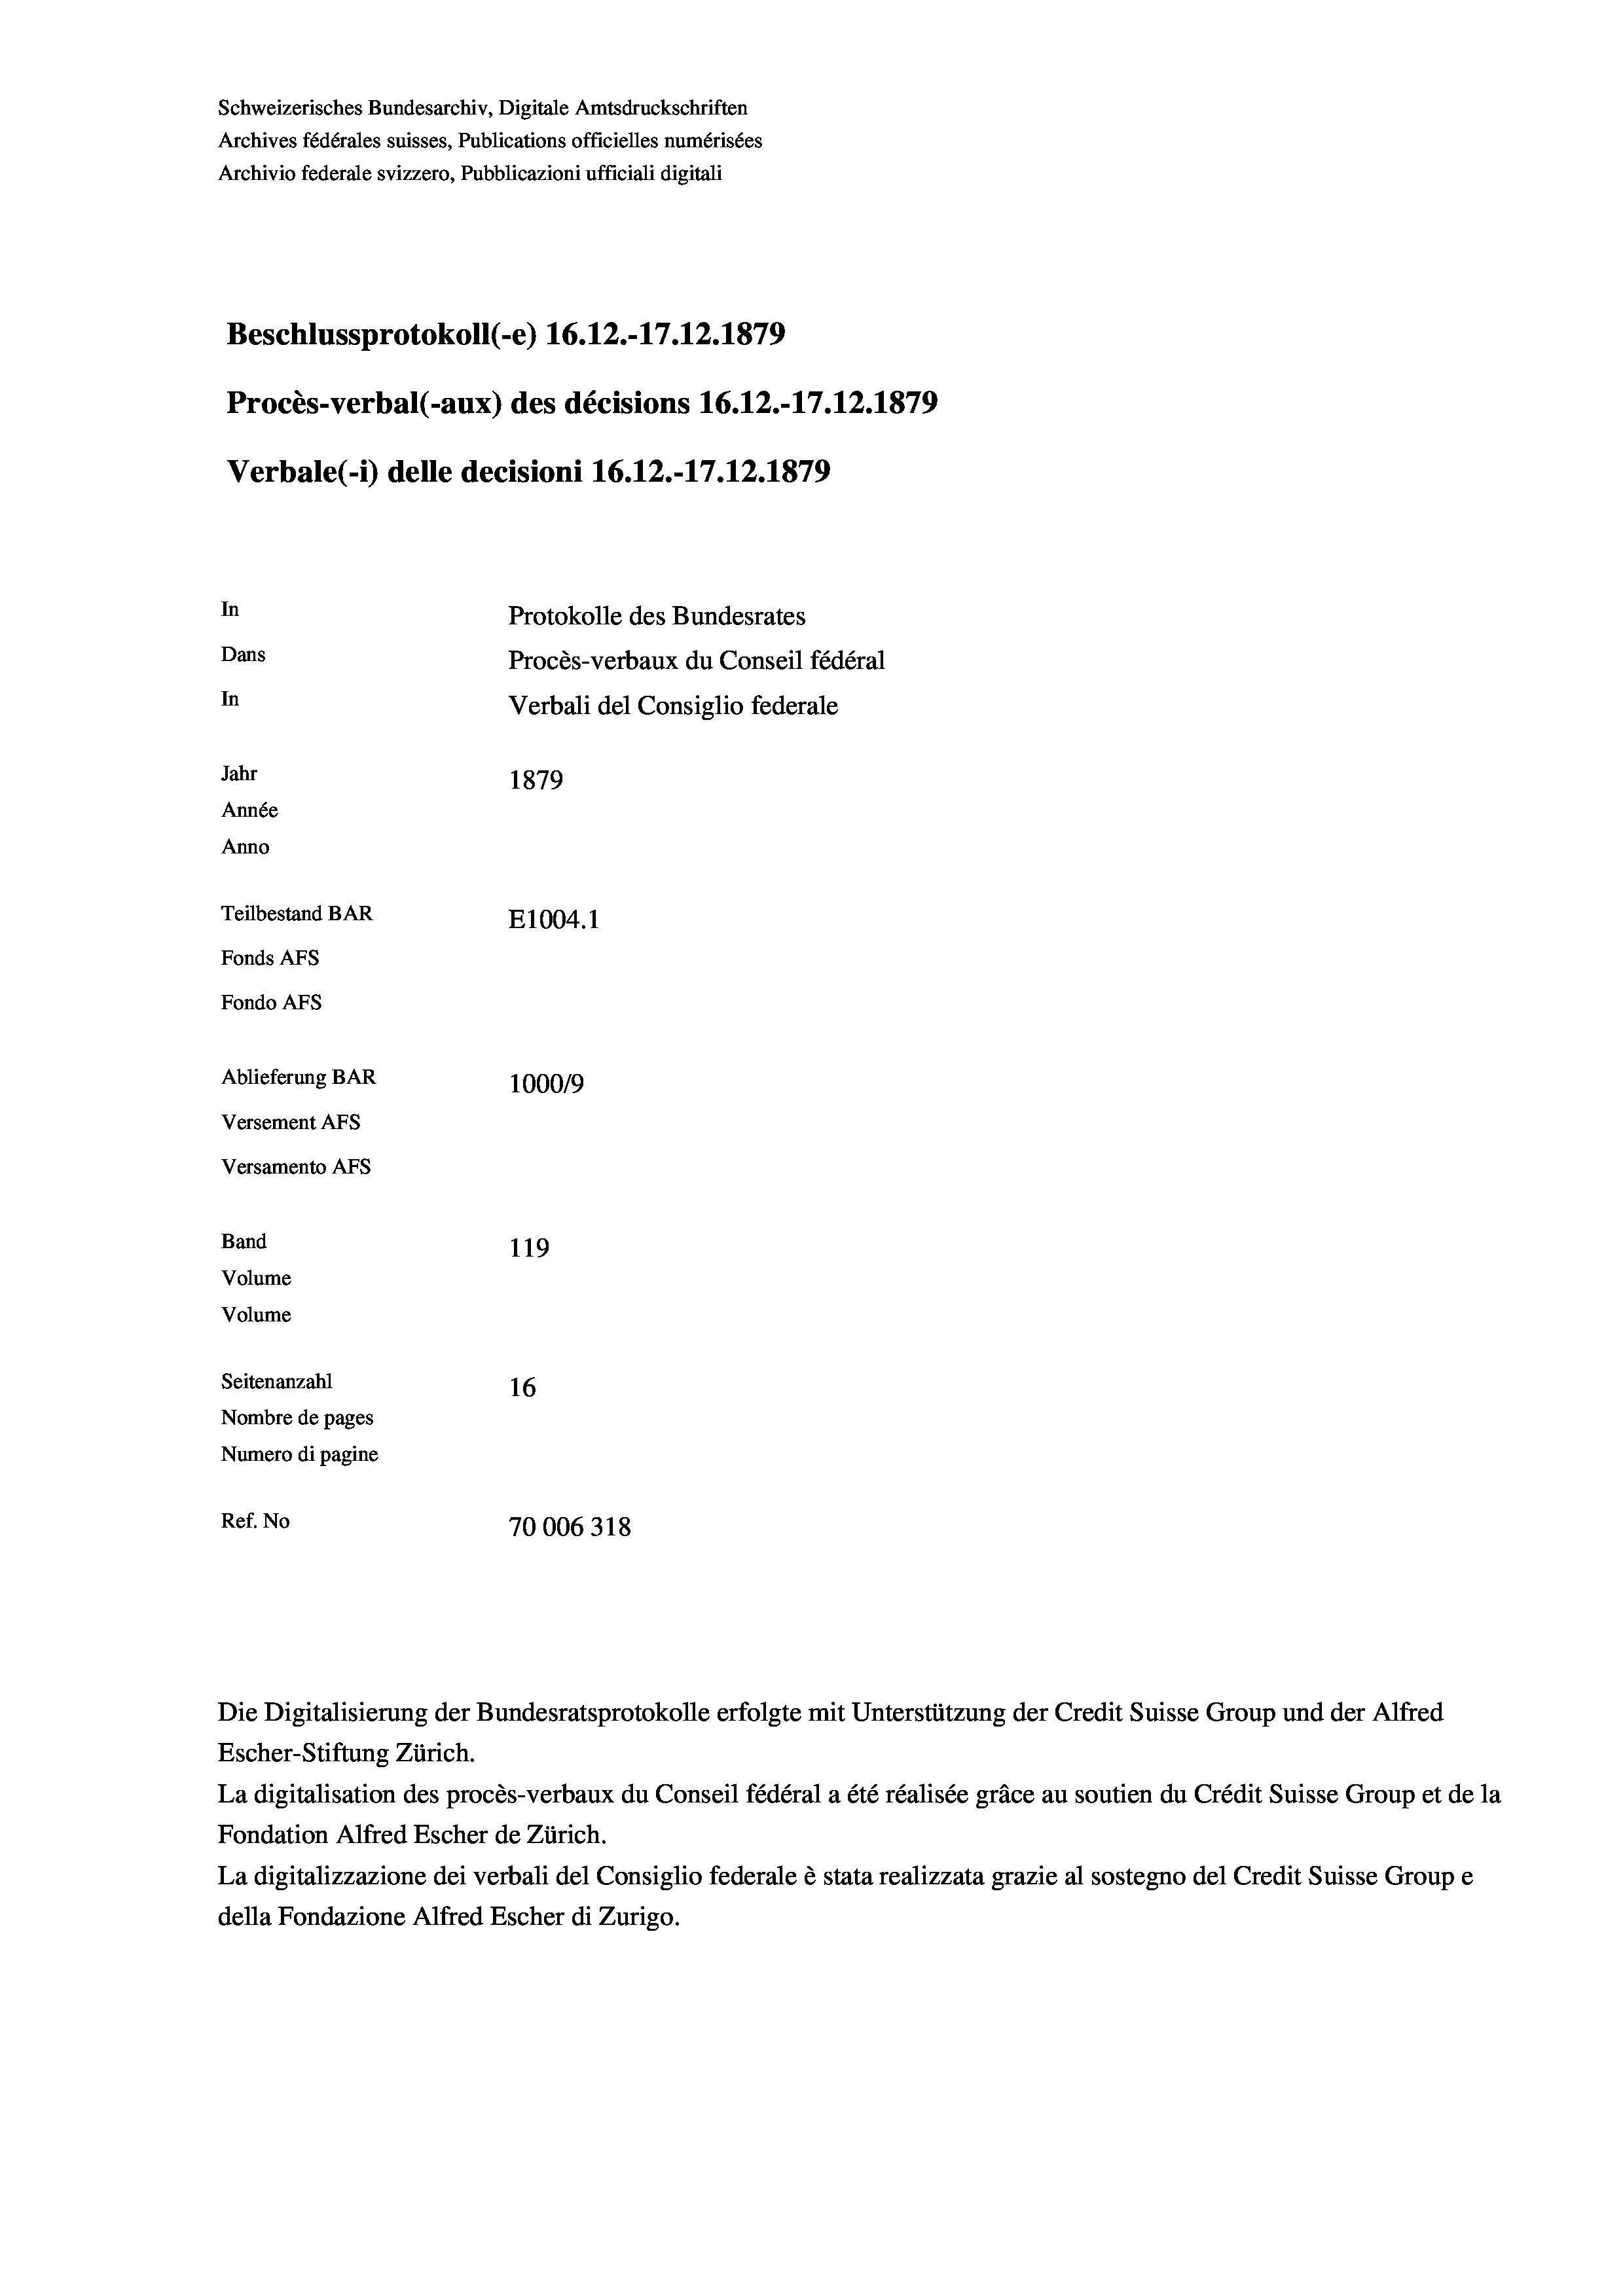
Band

Schweizerisches Bundesarchiv, Digitale Amtsdruckschriften
Archives fédérales suisses, Publications officielles numérisées
Archivio federale svizzero, Pubblicazioni ufficiali digitali
Beschlussprotokoll (-e) 16.12.-17.12.1879
Procès-verbal (-aux) des décisions 16.12.-17.12.1879
Verbale (- 1) delle decisioni 16.12.-17.12.1879
In
Protokolle des Bundesrates
Dans
Procès-verbaux du Conseil fédéral
In
Verbali del Consiglio federale
Jahr
1879
Année
Anno
Teilbestand BAR
E1004.1
Fonds Afs
Fondo AFs
Ablieferung BAR
100019
Versement AFs
Versamento AFs

119
Volume
Volume
Seitenanzahl
16
Nombre de pages
Numero di pagine
Ref. No
70006318

Die Digitalisierung der Bundesratsprotokolle erfolgte mit Unterstützung der Credit Suisse Group und der Alfred
Escher-Stiftung Zürich.
La digitalisation des procès-verbaux du Conseil fédéral a été réalisée gräce au soutien du Crédit Suisse Group et de la
Fondation Alfred Escher de Zürich.
La digitalizzazione dei verbali del Consiglio federale è stata realizzata grazie al sostegno del Credit Suisse Groupe
della Fondazione Alfred Escher di Zurigo.